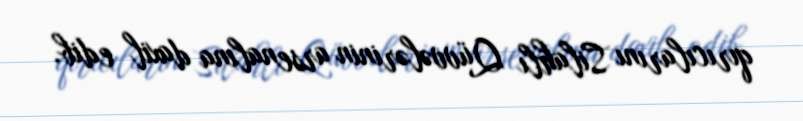
qırıcılarını Silahlı Qüvvələrinin arsenalına daxil edib.